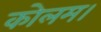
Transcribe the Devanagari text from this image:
कोलम।